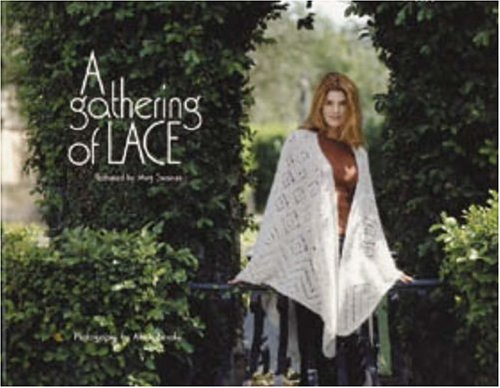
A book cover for A Gathering of Lace; Meg Swansen; Crafts, Hobbies & Home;